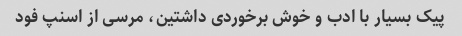
پیک بسیار با ادب و خوش برخوردی داشتین، مرسی از اسنپ فود